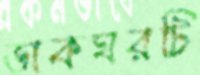
ডাকঘরটি